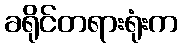
ခရိုင်တရားရုံးက